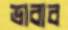
ভাবাব